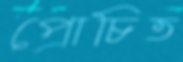
প্রোচিত